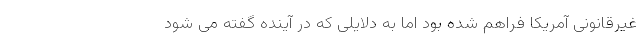
غیرقانونی آمریکا فراهم شده بود اما به دلایلی که در آینده گفته می شود